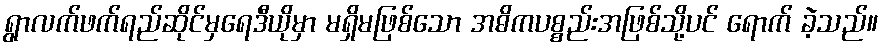
ရွာလက်ဖက်ရည်ဆိုင်မှရေဒီယိုမှာ မရှိမဖြစ်သော အဓိကပစ္စည်းအဖြစ်သို့ပင် ရောက် ခဲ့သည်။